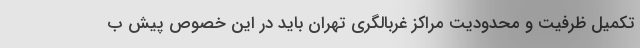
تکمیل ظرفیت و محدودیت مراکز غربالگری تهران باید در این خصوص پیش ب